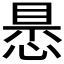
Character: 𢝝